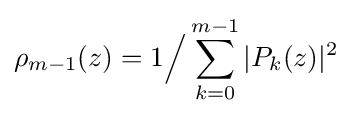
\rho _{m-1}(z)=1{\Big /}\sum _{k=0}^{m-1}|P_{k}(z)|^{2}